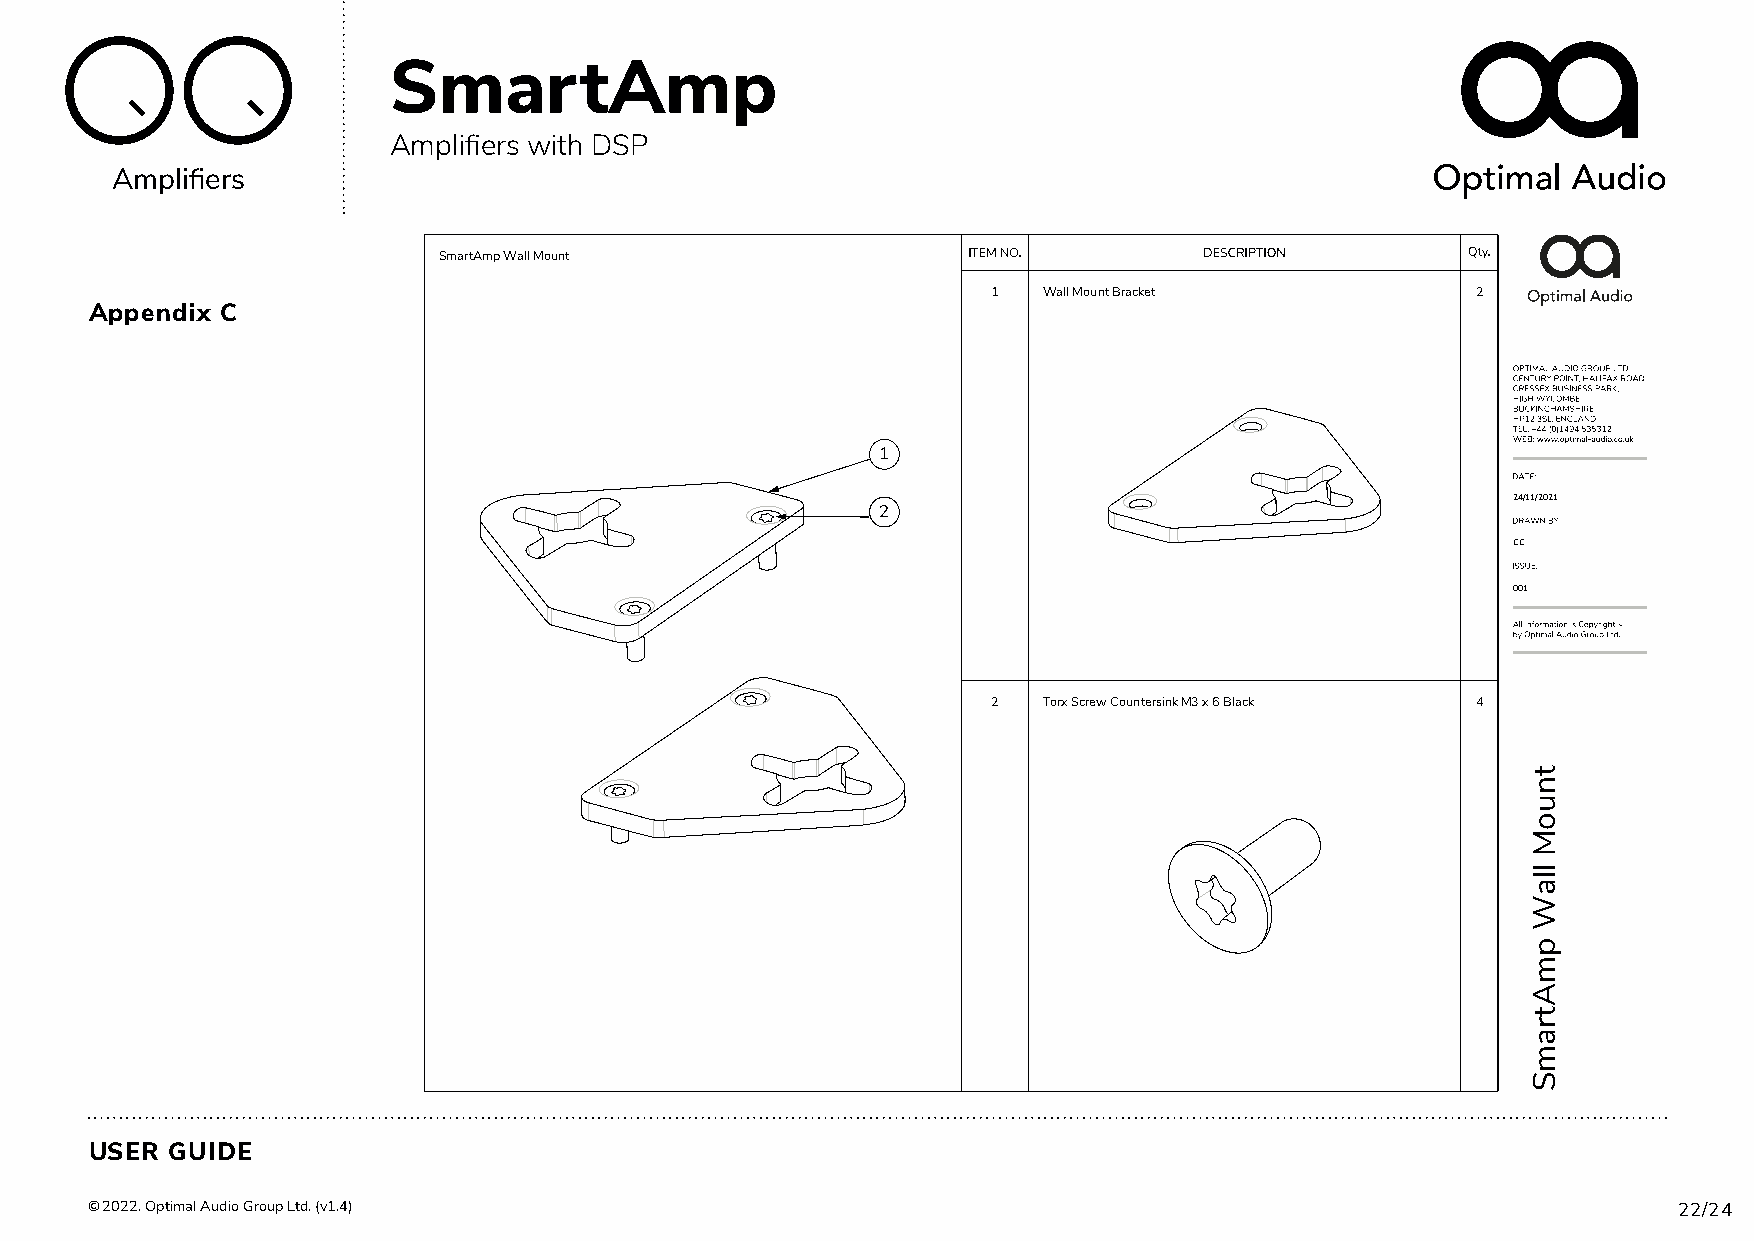
SmartAmp
 Amplifiers with DSP
 Amplifiers
 SmartAmp Wall Mount
 1  Wall Mount Bracket           2
 Appendix C
 1
 24/11/2021
 2
 CC
 001
 2  Torx Screw Countersink M3 x 6 Black 4
 USER GUIDE
 © 2022. Optimal Audio Group Ltd. (v1.4)                                                                  22/24
 tnuoM
 llaW
 pmAtramS